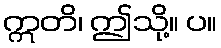
ဣတိ၊ ဤသို့။ ပ။